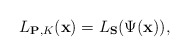
\begin{align*}L_{\mathbf P, K}(\mathbf x)=L_{\mathbf{S}}(\Psi(\mathbf x)),\end{align*}